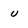
Character: u